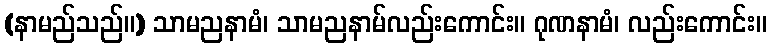
(နာမည်သည်။) သာမညနာမံ၊ သာမညနာမ်လည်းကောင်း။ ဂုဏနာမံ၊ လည်းကောင်း။